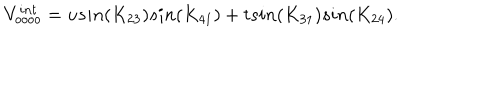
V _ { o o o o } ^ { i n t } = u s i n ( K _ { 2 3 } ) s i n ( K _ { 4 1 } ) + t s i n ( K _ { 3 1 } ) s i n ( K _ { 2 4 } ) .